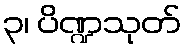
၃၊ ပိဏ္ဍသုတ်